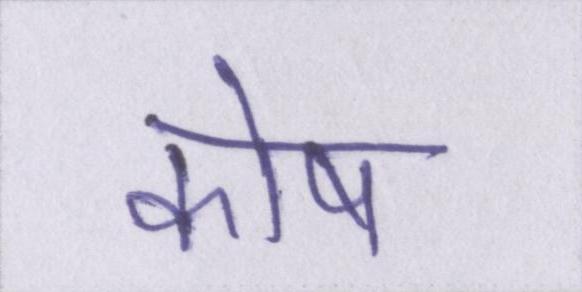
कोष